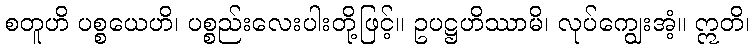
စတူဟိ ပစ္စယေဟိ၊ ပစ္စည်းလေးပါးတို့ဖြင့်။ ဥပဋ္ဌဟိဿာမိ၊ လုပ်ကျွေးအံ့။ ဣတိ၊